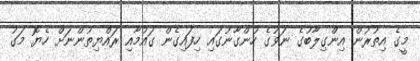
މީގެ އިތުރުން އިންގިލާބުގެ ނަވުގެ ހުންގާނުގައި ހިފައިގެން ގައުމާއި ރައްޔިތުންނަށް ހެޔޮ މަގު